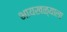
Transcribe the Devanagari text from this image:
भायखळ्याला